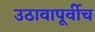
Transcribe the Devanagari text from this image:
उठावापूर्वीच